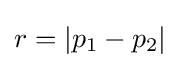
r=\left|p_{1}-p_{2}\right|